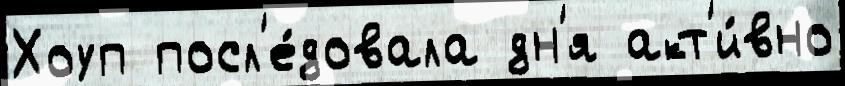
Хоуп посл'е́довала дн'я акт'и́вно